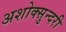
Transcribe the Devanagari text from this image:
अशोक्सुन्दरी